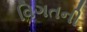
વિગતની